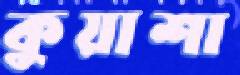
কুয়াশা